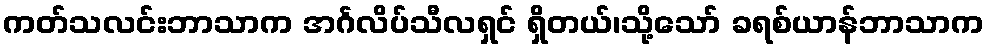
ကတ်သလင်းဘာသာက အင်္ဂလိပ်သီလရှင် ရှိတယ်၊သို့သော် ခရစ်ယာန်ဘာသာက